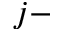
j -